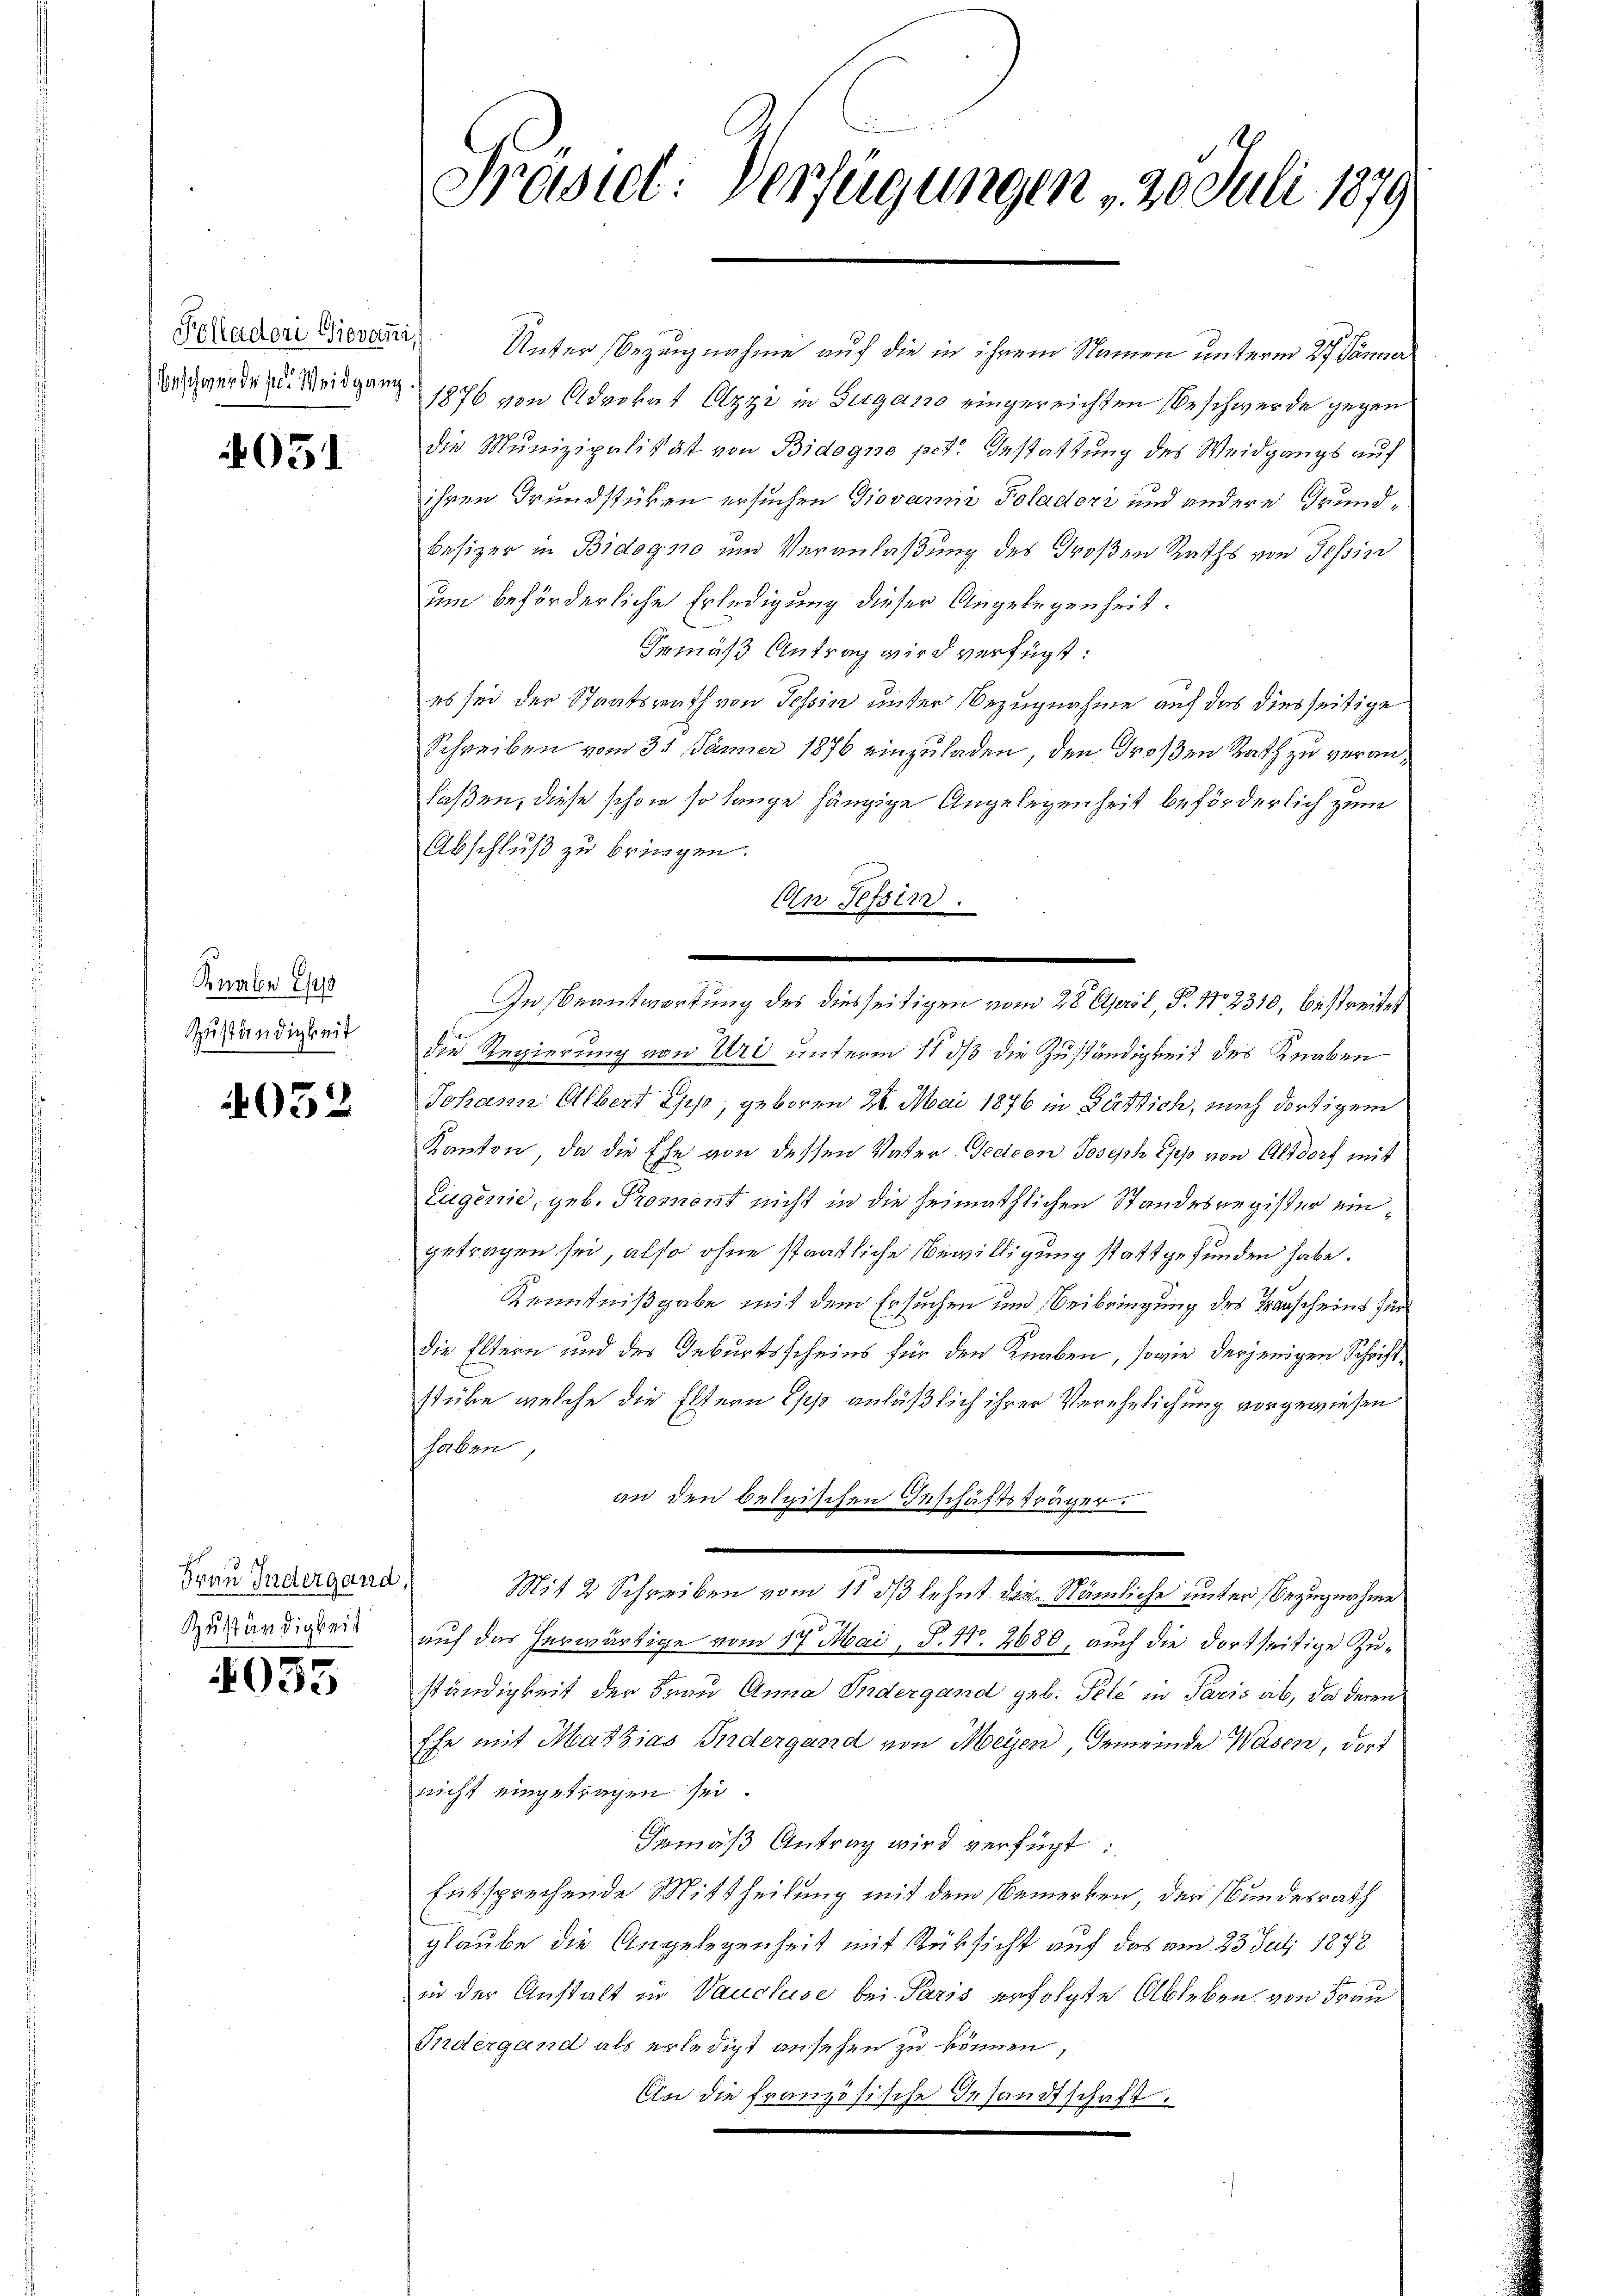
Kolladori Giovani,
Beschwerde sel. Weidgang.

051

Knabe E
Zuständigkeit

032

Frau Indergand,
Zuständigkeit

e
093

Prösiel: Verfügungen , 20 Juli 1879

Unter Bezugnahme auf die in ihrem Namen unterm 27. Jänner
1876 von Advokat Ozzi in Zugano eingereichten Beschwerde gegen
die Munizipalität von Bidogne pet. Gestattung des Weidgangs auf
ihren Grundstücken ersuchen Giovanni Poladori und andere Grundbesizer in Bidogno und Veranlaßung des Großen Raths von Tessin
um beförderliche Erledigung dieser Angelegenheit.
Gemäß Antrag wird verfügt:
es sei der Staatsrath von Tessin unter Bezugnahme auf das diesseitige
Schreiben vom 31 Jänner 1876 einzuladen, den Großen Rath zu veranlaßen, diese schon so lange hängige Angelegenheit beförderlich zum
Abschluß zu bringen.
An Tessin.
die Regierung von Uri unterm 11 dß die Zuständigkeit des Knaben
Johann Albert ehes, geboren 21. Mai 1876 in Dürstich, nach dortigem
Kanton, da die Ehe von dessen Vater Seciren Joseph epp von Altdorf mit
Eugenie, geb. Promont nicht in die heimathlichen Standesregister ein
getragen sei, also ohne staatliche Bewilligung stattgefunden habe.
Kenntnißgabe mit dem Ersuchen und Beibringung des Transcheins für
die Eltern und des Geburtsscheins für den Knaben, sowie derjenigen Schriftstüke welche die Eltern Epp anläßlich ihrer Verehelichung vorgewiesen
haben,
an den belgischen Geschäftsträger.
Mit 2 Schreiben vom 11. ds lehnt die Nämliche unter Bezugnahme
d
auf das herwärtige vom 17. Mai, S. Nr. 2680, auch die dortseitige Zuständigkeit der Frau Anna Biedergand geb. Pelz in Paris ab, da deren
Ehe mit Mathias Sidergand von Meyen, Gemeinde Wasen, dort
nicht eingetragen sei.
Gemäß Antrag wird verfügt:
Entsprechende Mittheilung mit dem Bemerken der Bundesrath
glaube die Angelegenheit mit Rüksicht auf das am 23. Juli 1878
in der Anstalt zu Vaucluse bei Paris erfolgte Ableben von Frau
Indergand als erledigt ansehen zu können
An die französische Gesandtschaft.

In Beantwortung des diesseitigen vom 28. April, P. Nr. 2310, bestreitet